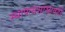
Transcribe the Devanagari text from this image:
स्थापत्यशास्रातही